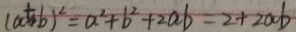
( a + b ) ^ { 2 } = a ^ { 2 } + b ^ { 2 } + 2 a b = 2 + 2 a b